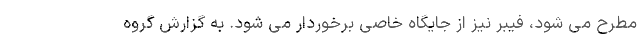
مطرح می شود، فیبر نیز از جایگاه خاصی برخوردار می شود. به گزارش گروه